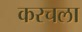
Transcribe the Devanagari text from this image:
करचला